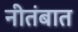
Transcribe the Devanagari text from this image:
नीतंबात